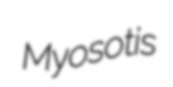
Myosotis